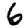
Digit: 6